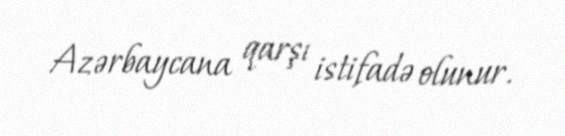
Azərbaycana qarşı istifadə olunur.